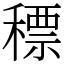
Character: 䅺